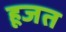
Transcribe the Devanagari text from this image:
हूजत